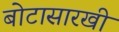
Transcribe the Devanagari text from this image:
बोटासारखी